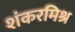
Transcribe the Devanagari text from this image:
शंकरमिश्र